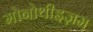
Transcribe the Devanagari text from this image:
मोनोथीइज़म